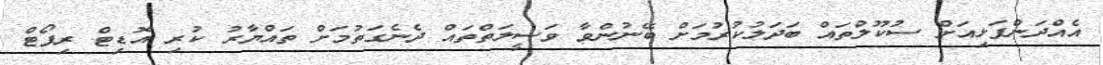
އެއްދަންފަޅިއަށް ސުކޫލްތައް ބަދަލުކުރުމަށް ބޭނުންވާ ވަސީލަތްތައް ދެނެގަތުމަށް ތައްޔާރު ކުރި އޮޑިޓް ރިޕޯޓް